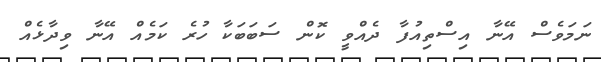
ނަމަވެސް އޭނާ އިސްތިއުފާ ދެއްވީ ކޮން ސަބަބަކާ ހުރެ ކަމެއް އޭނާ ވިދާޅެއް